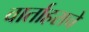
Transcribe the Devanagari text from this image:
वार्ताहराचे